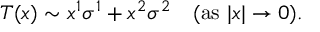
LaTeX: T ( x ) \sim x ^ { 1 } \sigma ^ { 1 } + x ^ { 2 } \sigma ^ { 2 } \quad ( \mathrm { a s ~ } | x | \rightarrow 0 ) .